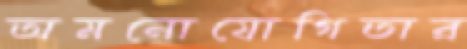
অমনোযোগিতার